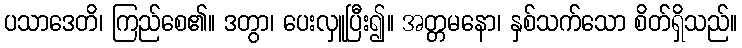
ပသာဒေတိ၊ ကြည်စေ၏။ ဒတွာ၊ ပေးလှူပြီး၍။ အတ္တမနော၊ နှစ်သက်သော စိတ်ရှိသည်။